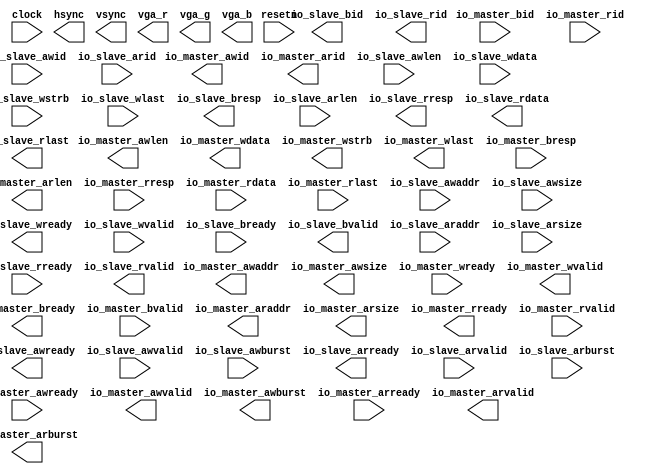
module vga_ctrl(
    input clock,
    input resetn,
    input         io_master_awready,
    output        io_master_awvalid,
    output [31:0] io_master_awaddr,
    output [3:0]  io_master_awid,
    output [7:0]  io_master_awlen,
    output [2:0]  io_master_awsize,
    output [1:0]  io_master_awburst,
    input         io_master_wready,
    output        io_master_wvalid,
    output [63:0] io_master_wdata,
    output [7:0]  io_master_wstrb,
    output        io_master_wlast,
    output        io_master_bready,
    input         io_master_bvalid,
    input  [1:0]  io_master_bresp,
    input  [3:0]  io_master_bid,
    input         io_master_arready,
    output        io_master_arvalid,
    output [31:0] io_master_araddr,
    output [3:0]  io_master_arid,
    output [7:0]  io_master_arlen,
    output [2:0]  io_master_arsize,
    output [1:0]  io_master_arburst,
    output        io_master_rready,
    input         io_master_rvalid,
    input  [1:0]  io_master_rresp,
    input  [63:0] io_master_rdata,
    input         io_master_rlast,
    input  [3:0]  io_master_rid,

    output        io_slave_awready,
    input         io_slave_awvalid,
    input  [31:0] io_slave_awaddr,
    input  [3:0]  io_slave_awid,
    input  [7:0]  io_slave_awlen,
    input  [2:0]  io_slave_awsize,
    input  [1:0]  io_slave_awburst,
    output        io_slave_wready,
    input         io_slave_wvalid,
    input  [63:0] io_slave_wdata,
    input  [7:0]  io_slave_wstrb,
    input         io_slave_wlast,
    input         io_slave_bready,
    output        io_slave_bvalid,
    output [1:0]  io_slave_bresp,
    output [3:0]  io_slave_bid,
    output        io_slave_arready,
    input         io_slave_arvalid,
    input  [31:0] io_slave_araddr,
    input  [3:0]  io_slave_arid,
    input  [7:0]  io_slave_arlen,
    input  [2:0]  io_slave_arsize,
    input  [1:0]  io_slave_arburst,
    input         io_slave_rready,
    output        io_slave_rvalid,
    output [1:0]  io_slave_rresp,
    output [63:0] io_slave_rdata,
    output        io_slave_rlast,
    output [3:0]  io_slave_rid,

    // output [31:0] io_offset,

    output hsync,
    output vsync,
    output [3:0]vga_r,
    output [3:0]vga_g,
    output [3:0]vga_b
);

endmodule


module preg #(parameter w = 1, parameter reset_val = 0)(
    input clock,
    input reset,
    input [w-1:0] din,
    output [w-1:0] dout,
    input wen
);

reg [w-1:0] data;
assign dout = data;

always @(posedge clock) begin
    if(reset)
        data <= reset_val;
    else if(wen)
        data <= din;
end

endmodule